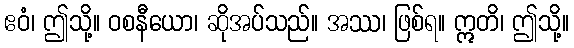
ဧဝံ၊ ဤသို့။ ဝစနီယော၊ ဆိုအပ်သည်။ အဿ၊ ဖြစ်ရ။ ဣတိ၊ ဤသို့။